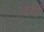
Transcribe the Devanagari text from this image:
वर्षॆं